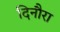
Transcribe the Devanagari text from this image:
दिनौरा